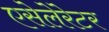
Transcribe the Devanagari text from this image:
एसेलेरेटर